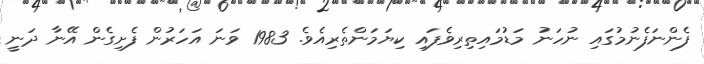
ފެންނަފެނުމުގައި ނުހަނު މަޑުމައިތިރިވެފައި ކިޔަމަންތެރިއެވެ. 1983 ވަނަ އަހަރުން ފެށިގެން އޭނާ ދަނީ